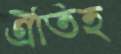
ঐতিহ